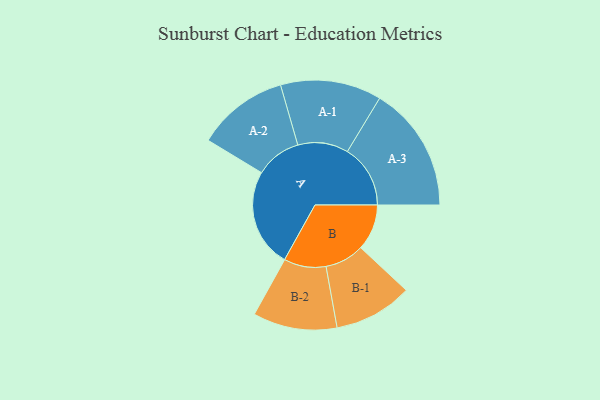
{"axis": {"x": "Segment", "y": "Value"}, "legend": ["", "A", "B"], "data": [{"x": "A", "y": 396, "type": ""}, {"x": "B", "y": 185, "type": ""}, {"x": "A-1", "y": 203, "type": "A"}, {"x": "A-2", "y": 184, "type": "A"}, {"x": "A-3", "y": 253, "type": "A"}, {"x": "B-1", "y": 158, "type": "B"}, {"x": "B-2", "y": 169, "type": "B"}]}